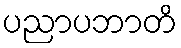
ပညာပဘာတိ